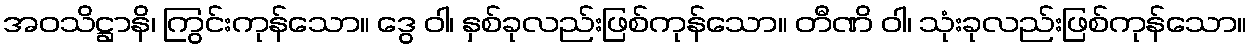
အဝသိဋ္ဌာနိ၊ ကြွင်းကုန်သော။ ဒွေ ဝါ၊ နှစ်ခုလည်းဖြစ်ကုန်သော။ တီဏိ ဝါ၊ သုံးခုလည်းဖြစ်ကုန်သော။